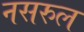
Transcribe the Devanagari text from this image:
नसरुल